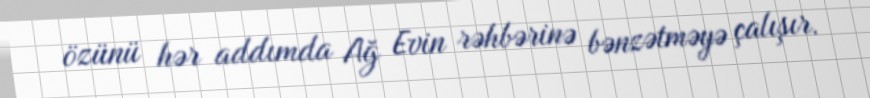
özünü hər addımda Ağ Evin rəhbərinə bənzətməyə çalışır.